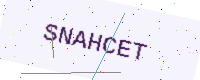
Text: SNAHCET